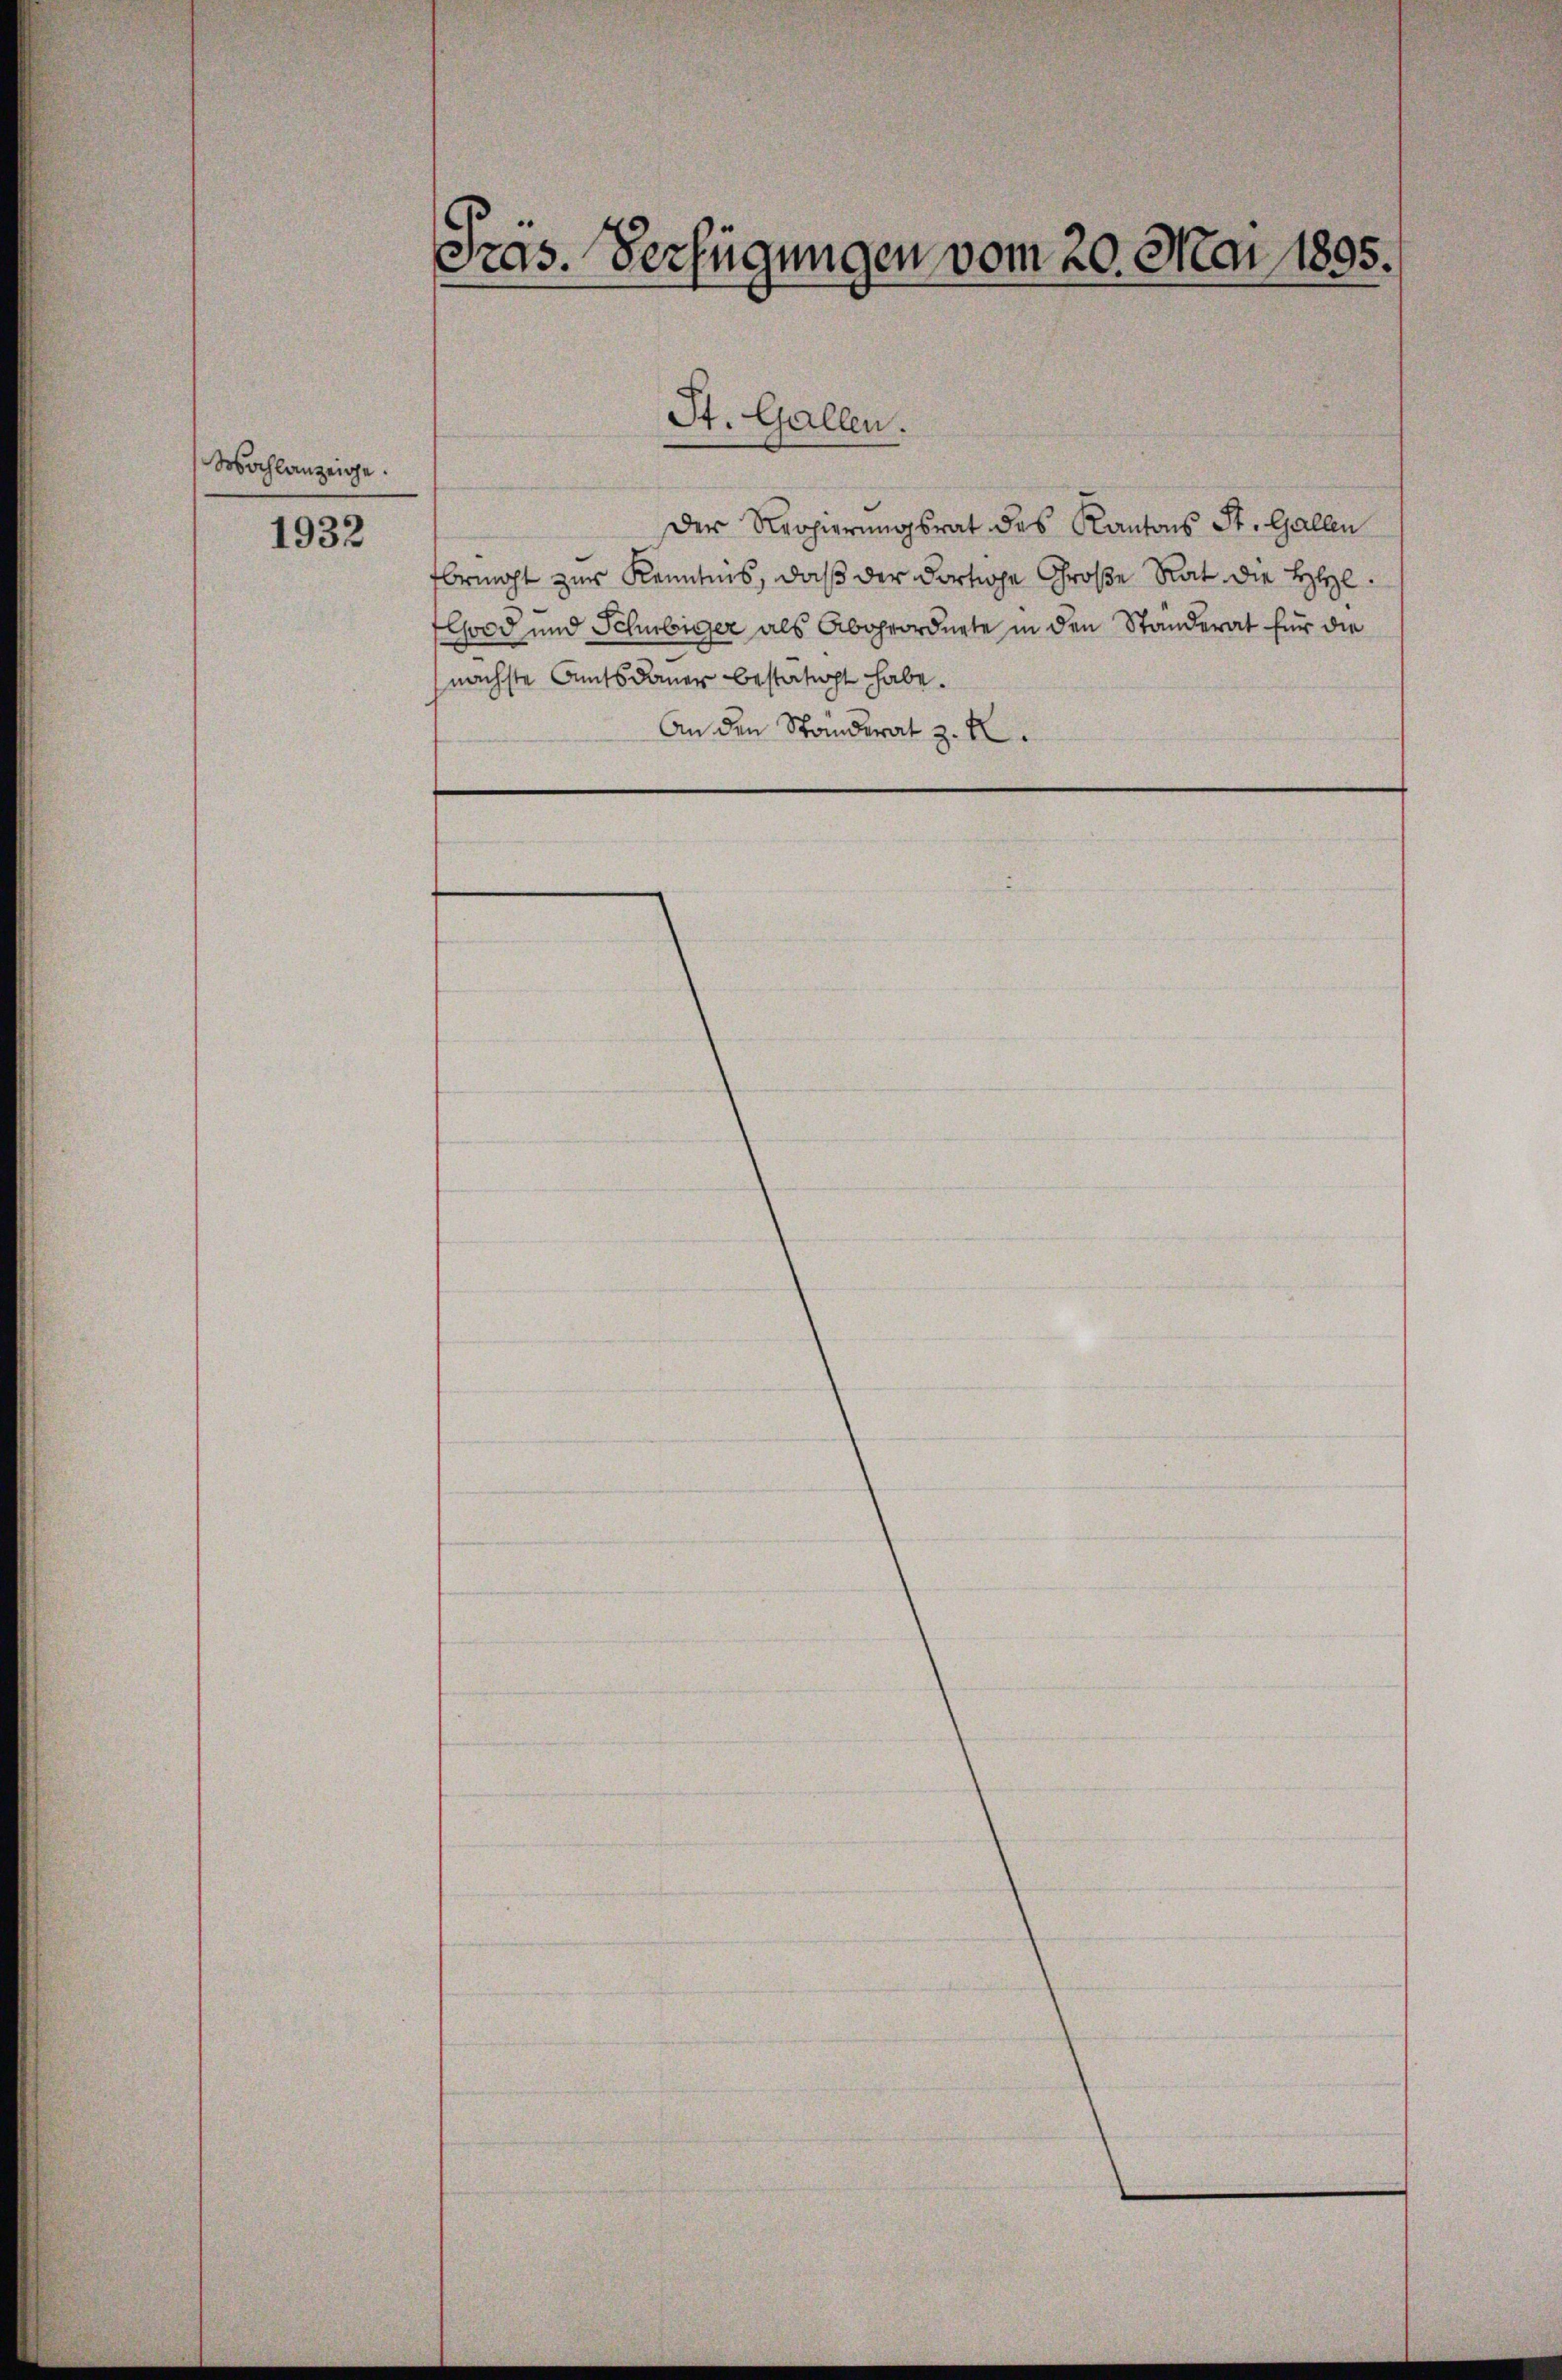
Wahlanzeige.

1932

Präs. Verfügungen vom 20. Mai 1895.

Der Regierungsrat des Kantons St. Gallen
fbrecht zur Kenntnis, daß der dortige Große Rat die HHl.
Cood und Schubiger als Abgeordnete in den Ständerat für die
nächste Amtsdauer bestätigt habe.
An den Ständerat z. B.

St. Gallen.